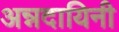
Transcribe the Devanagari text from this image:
अन्नदायिनी